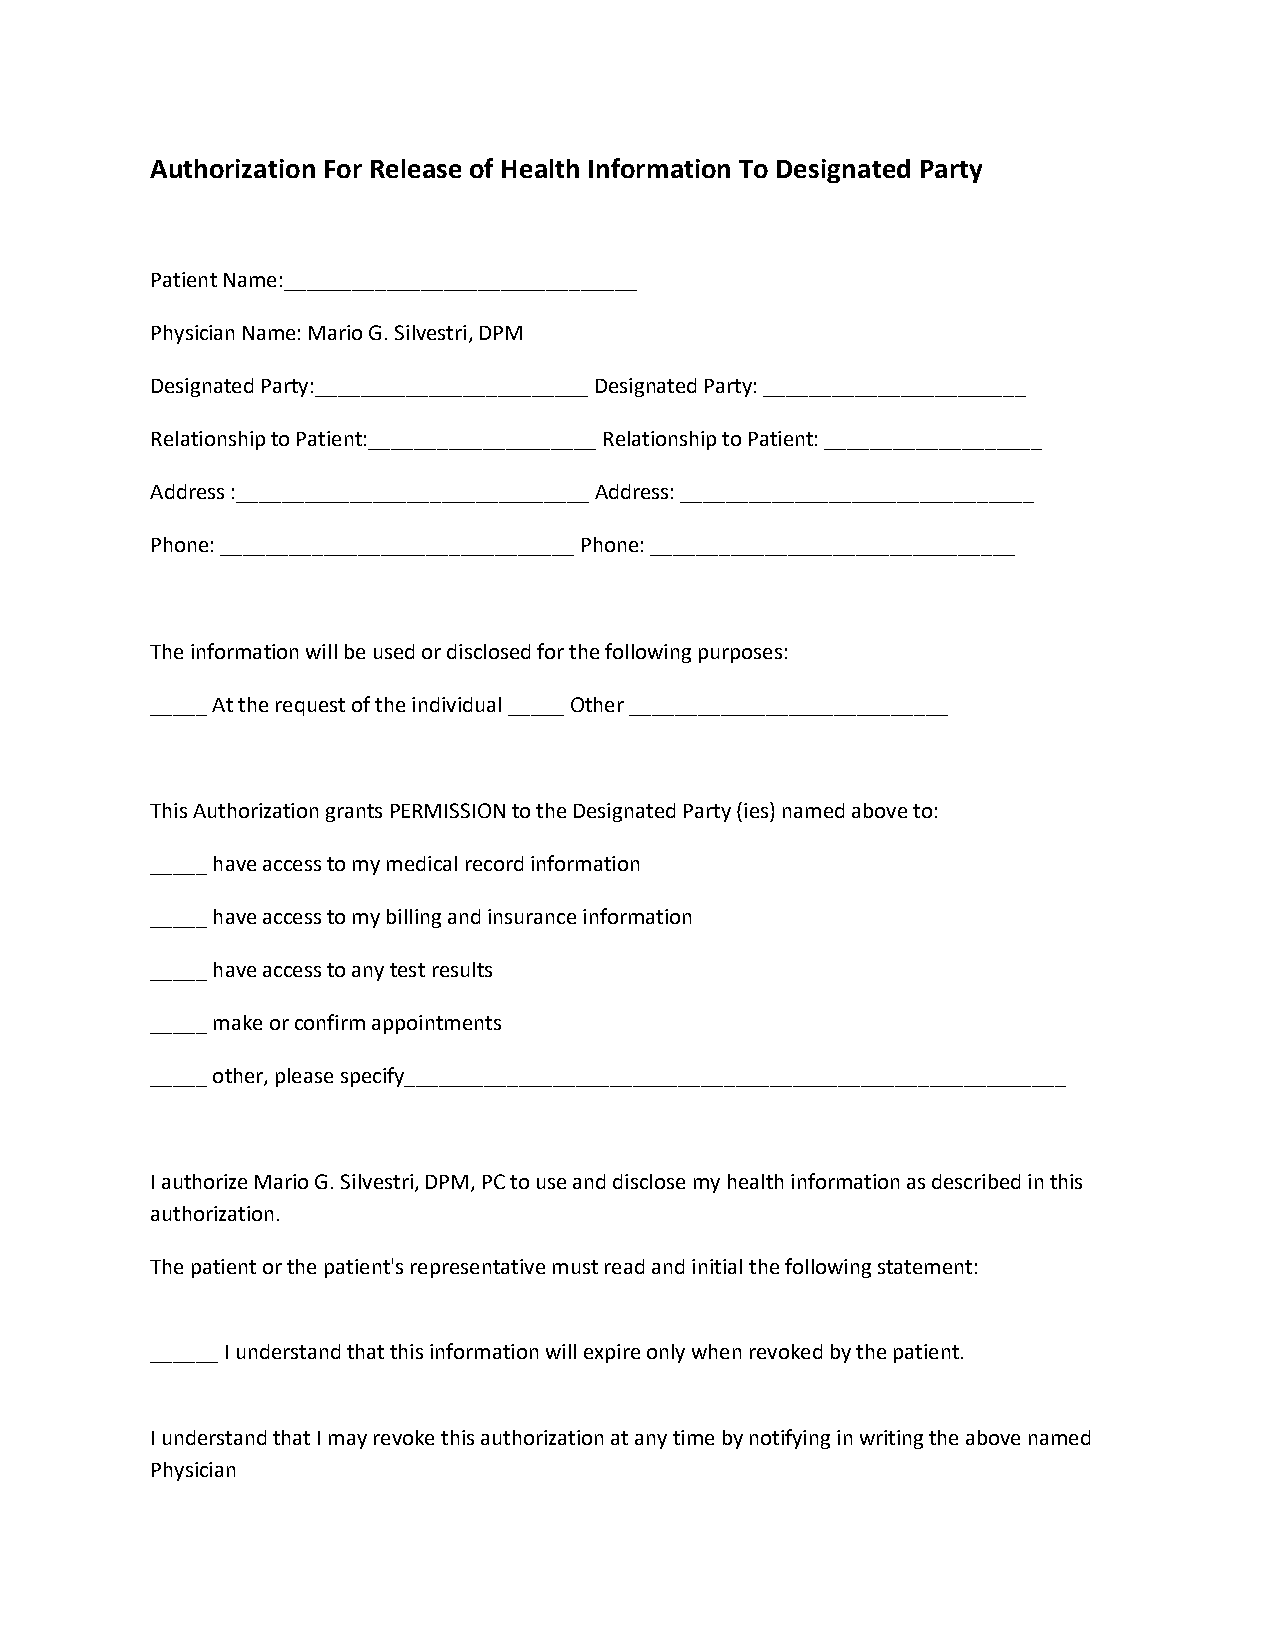
Authorization For Release of Health Information To Designated Party
 Patient Name:_______________________________
 Physician Name: Mario G. Silvestri, DPM
 Designated Party:________________________ Designated Party: _______________________
 Relationship to Patient:____________________ Relationship to Patient: ___________________
 Address :_______________________________ Address: _______________________________
 Phone: _______________________________ Phone: ________________________________
 The information will be used or disclosed for the following purposes:
 _____ At the request of the individual _____ Other ____________________________
 This Authorization grants PERMISSION to the Designated Party (ies) named above to:
 _____ have access to my medical record information
 _____ have access to my billing and insurance information
 _____ have access to any test results
 _____ make or confirm appointments
 _____ other, please specify__________________________________________________________
 I authorize Mario G. Silvestri, DPM, PC to use and disclose my health information as described in this
 authorization.
 The patient or the patient's representative must read and initial the following statement:
 ______ I understand that this information will expire only when revoked by the patient.
 I understand that I may revoke this authorization at any time by notifying in writing the above named
 Physician